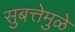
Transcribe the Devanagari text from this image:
सुबत्तेमुळे